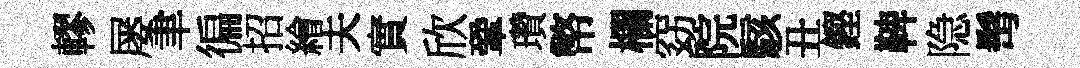
轇屡聿徧招繪夫實欣鞏瓚幣欄窈院駭丑鏗鞞隐髩